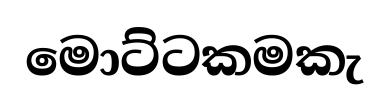
මොට්ටකමකැ